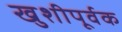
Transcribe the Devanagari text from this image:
खुशीपूर्वक